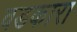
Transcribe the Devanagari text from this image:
वडकारा